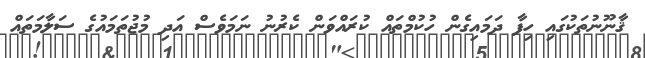
ޤާނޫނުތަކުގައި ހިފާ ދަމައިގެން ހުކުމްތައް ކުރައްވަން ކެރުނު ނަމަވެސް އަދި މުޖުތަމައުގެ ސަލާމަތައް